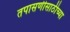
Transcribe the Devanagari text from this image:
तपासणीसाठीच्या